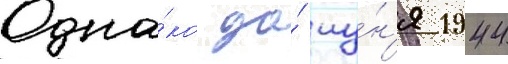
Одна́ко до́ иу́н'я 1944